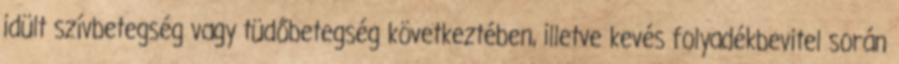
idült szívbetegség vagy tüdőbetegség következtében, illetve kevés folyadékbevitel során